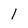
Character: 1